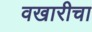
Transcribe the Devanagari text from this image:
वखारीचा